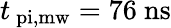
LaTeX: t_{\mathrm{\ pi,mw}}=76~\mathrm{ns}